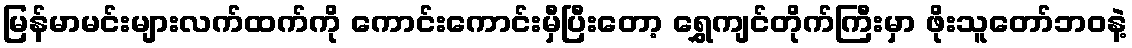
မြန်မာမင်းများလက်ထက်ကို ကောင်းကောင်းမှီပြီးတော့ ရွှေကျင်တိုက်ကြီးမှာ ဖိုးသူတော်ဘဝနဲ့